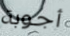
أجوبة